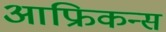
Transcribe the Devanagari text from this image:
आफ्रिकन्स